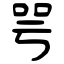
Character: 咢